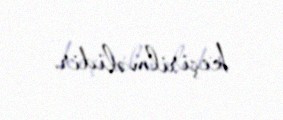
keçirilməlidir.